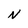
Character: N